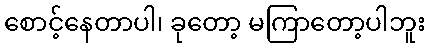
စောင့်နေတာပါ၊ ခုတော့ မကြာတော့ပါဘူး